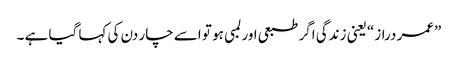
”عمر دراز“ یعنی زندگی اگر طبعی اور لمبی ہو تو اسے چار دن کی کہا گیا ہے ۔